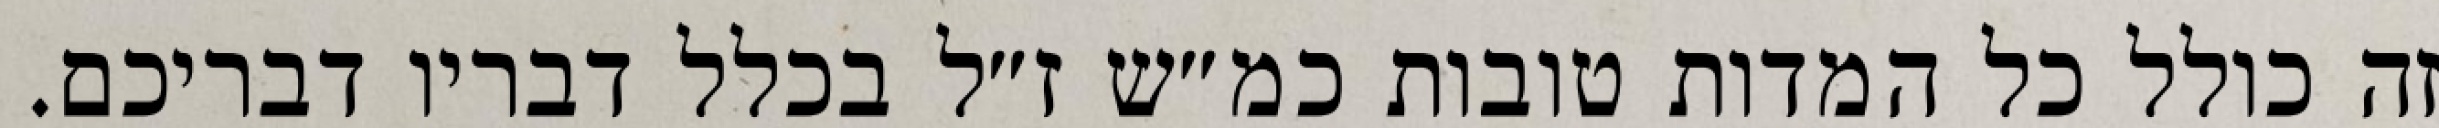
זה כולל כל המדות טובות כמ״ש ז״ל בכלל דבריו דבריכם.